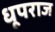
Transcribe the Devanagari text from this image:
धूपराज